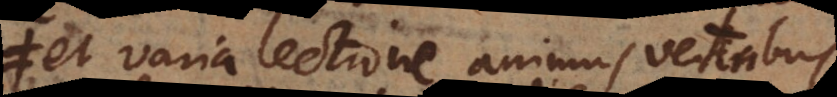
et varia lectione animus veteribus